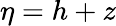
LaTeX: \eta=h+z